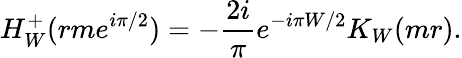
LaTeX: H_{W}^{+}(rme^{i\pi/2})=-\frac{2i}{\pi}e^{-i\pi W/2}K_{W}(mr).